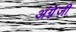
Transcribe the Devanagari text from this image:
अंग्रे़ज़ी